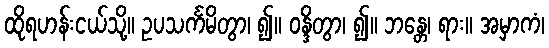
ထိုရဟန်းငယ်သို့။ ဥပသင်္ကမိတွာ၊ ၍။ ဝန္ဒိတွာ၊ ၍။ ဘန္တေ၊ ရား။ အမှာကံ၊